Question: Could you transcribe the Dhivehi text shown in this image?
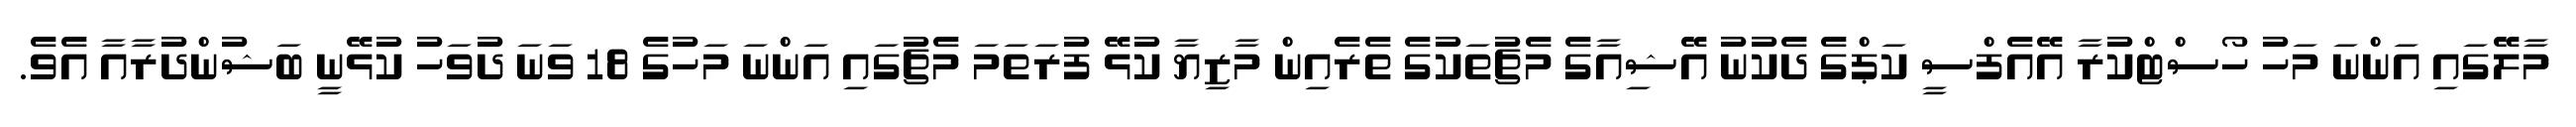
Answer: މާލޭގައި އަންނަ މަހު ހޯސްޓްކުރާ އޭއެފްސީ ކަޕްގެ ދެކުނު އޭޝިއާގެ މެޗުތަކުގެ ތެރެއިން މާޒިޔާ ކުޅޭ ފުރަތަމަ މެޗުގައި އަންނަ މަހުގެ 18 ވަނަ ދުވަހު ކުޅޭނީ ބަޝުންދުރާއާ އެވެ.